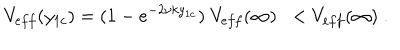
LaTeX: V _ { e f f } ( y _ { 1 c } ) = ( 1 - e ^ { - 2 \nu k y _ { 1 c } } ) \; V _ { e f f } ( \infty ) \; \; < V _ { e f f } ( \infty ) \; .